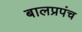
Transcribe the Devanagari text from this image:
बालप्रपंच